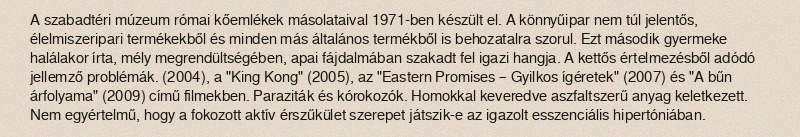
A szabadtéri múzeum római kőemlékek másolataival 1971-ben készült el. A könnyűipar nem túl jelentős, élelmiszeripari termékekből és minden más általános termékből is behozatalra szorul. Ezt második gyermeke halálakor írta, mély megrendültségében, apai fájdalmában szakadt fel igazi hangja. A kettős értelmezésből adódó jellemző problémák. (2004), a "King Kong" (2005), az "Eastern Promises – Gyilkos ígéretek" (2007) és "A bűn árfolyama" (2009) című filmekben. Paraziták és kórokozók. Homokkal keveredve aszfaltszerű anyag keletkezett. Nem egyértelmű, hogy a fokozott aktív érszűkület szerepet játszik-e az igazolt esszenciális hipertóniában.